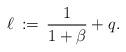
LaTeX: \begin{align*}\ell\,:=\,\frac{1}{1+\beta}+q. \end{align*}